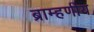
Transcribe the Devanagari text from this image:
ब्राम्हणीय